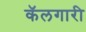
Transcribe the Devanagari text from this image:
कॅलगारी